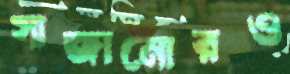
সাজানোরও